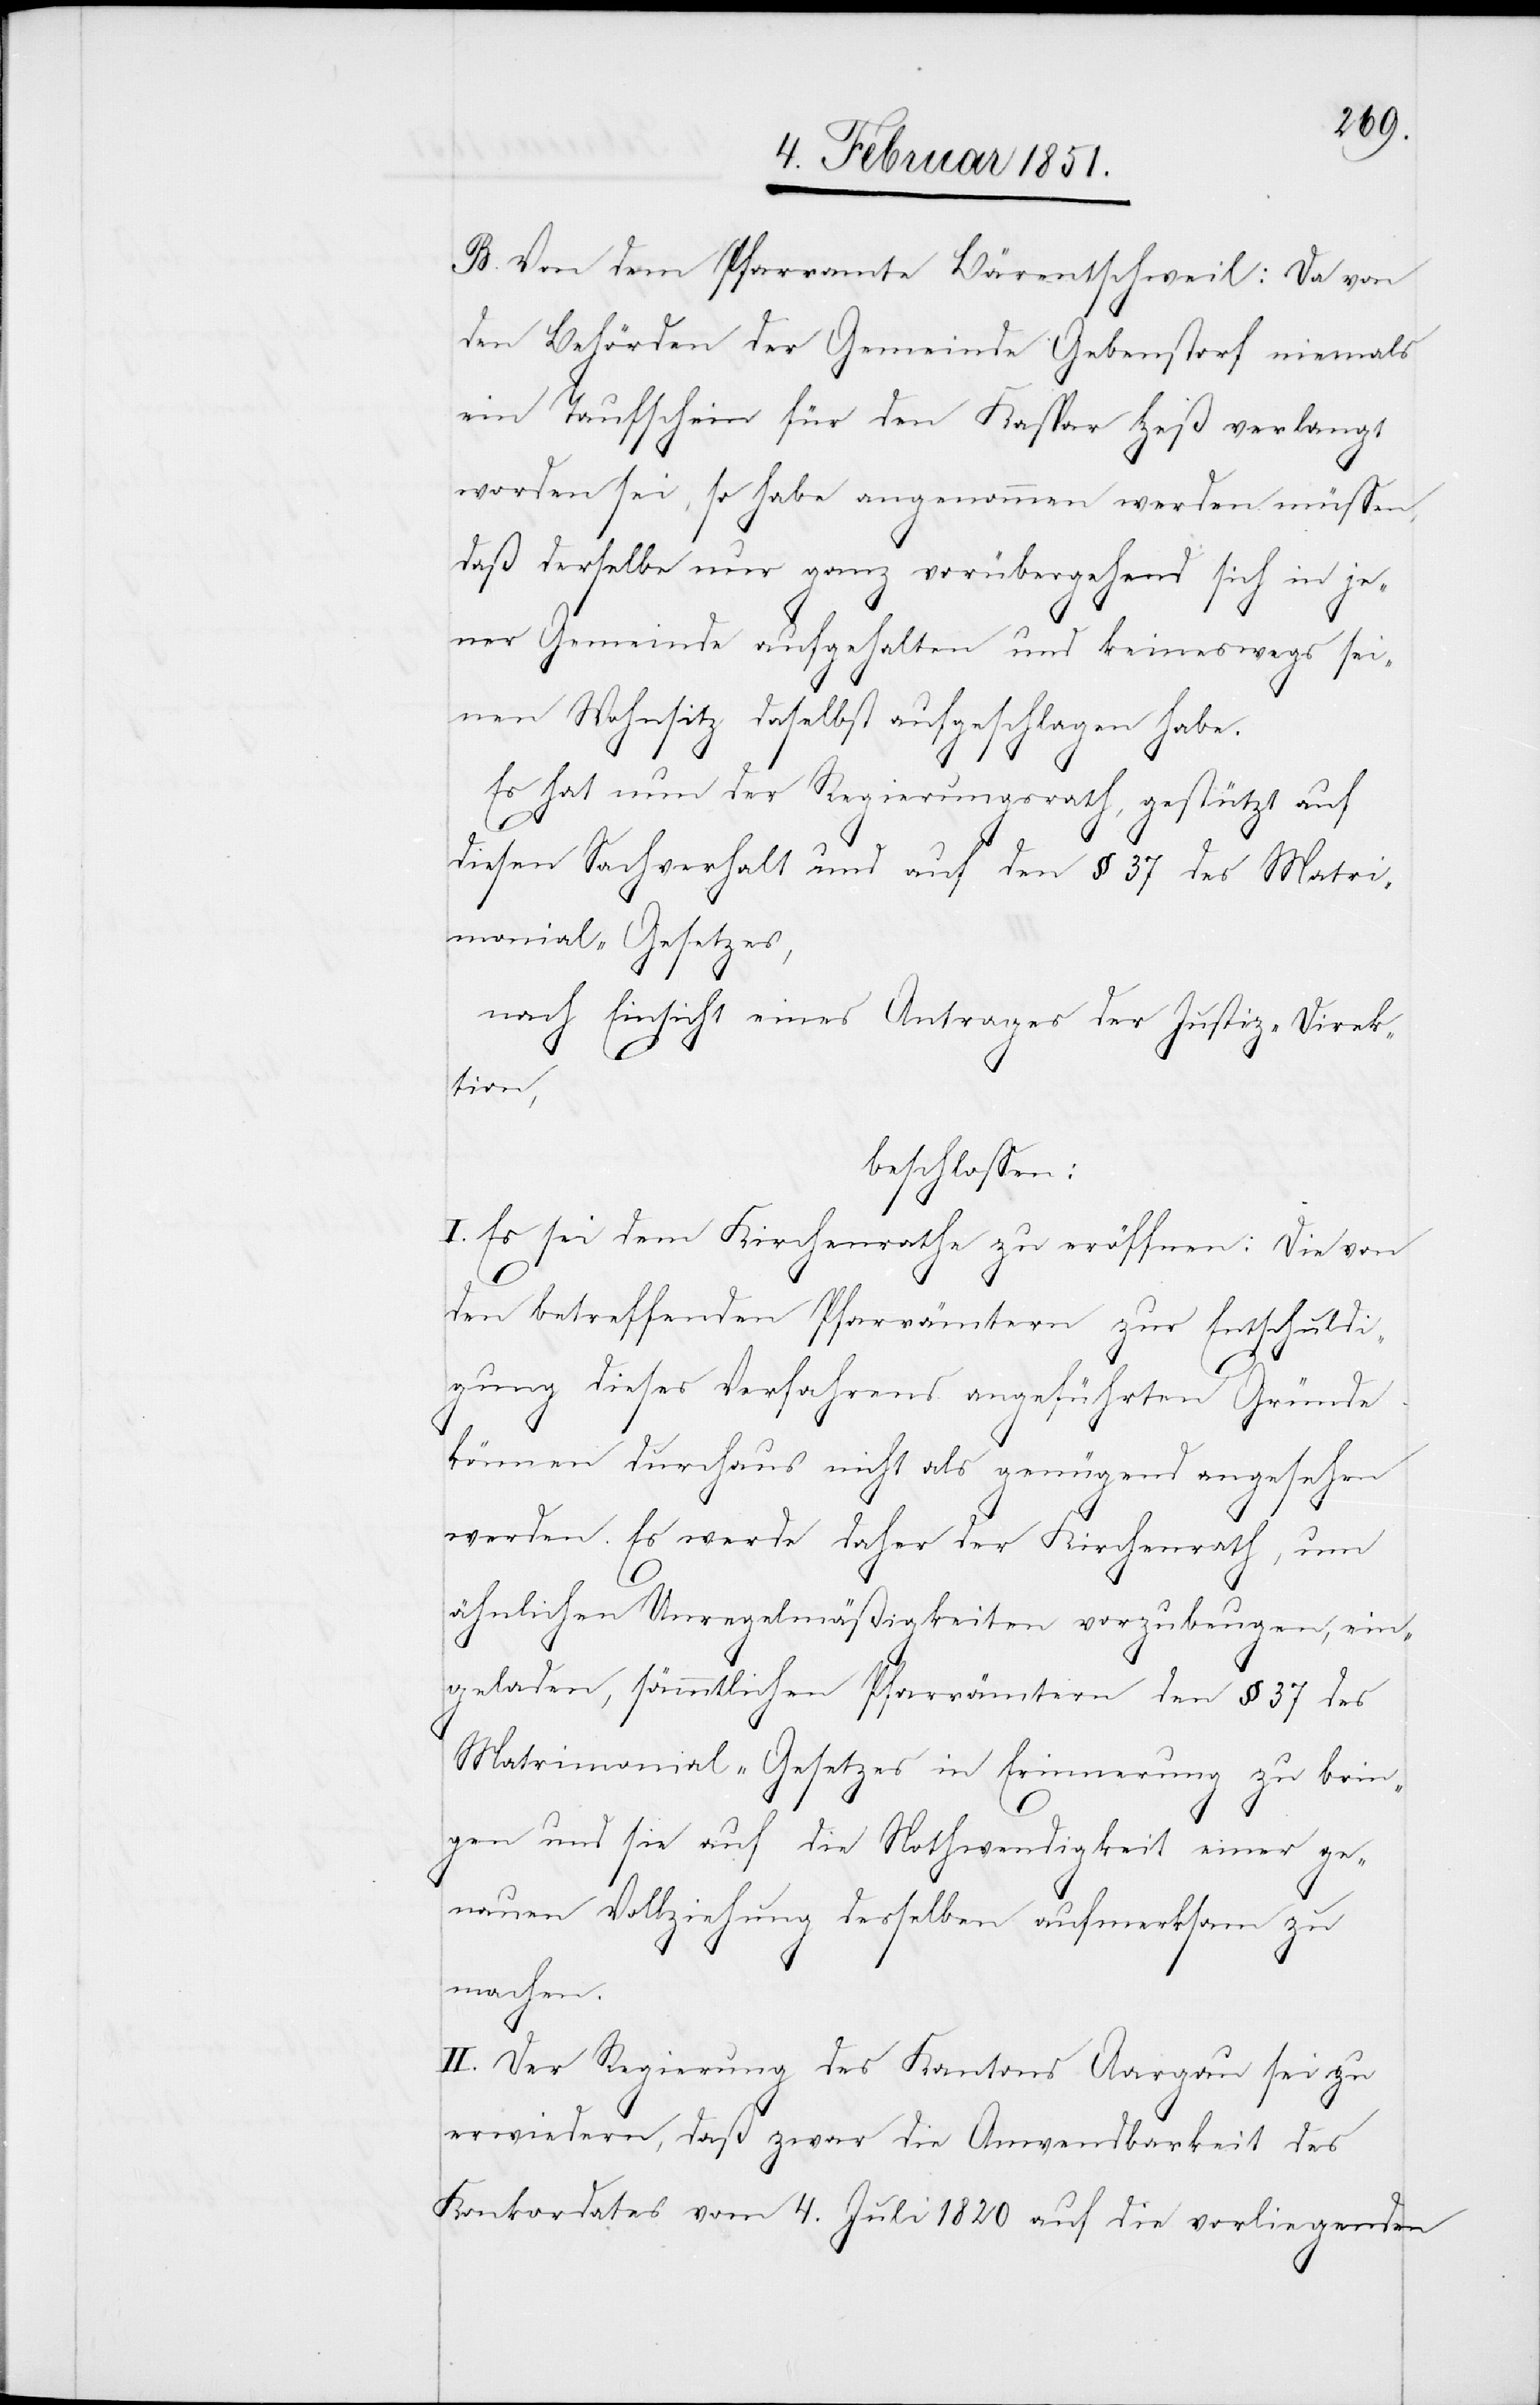
B. Von dem Pfarramte Bärentschweil: Da von
den Behörden der Gemeinde Gebenstorf niemals
ein Taufschein für den Kaspar Heß verlangt
worden sei, so habe angenommen werden müssen,
daß derselbe nur ganz vorübergehend sich in je¬
ner Gemeinde aufgehalten und keineswegs sei¬
nen Wohnsitz daselbst aufgeschlagen habe.
Es hat nun der Regierungsrath, gestützt auf
diesen Sachverhalt und auf den § 37 des Matri¬
monial-Gesetzes,
nach Einsicht eines Antrages der Justiz-Direk¬
tion,
beschlossen:
I. Es sei dem Kirchenrathe zu eröffnen: Die von
den betreffenden Pfarrämtern zur Entschuldi¬
gung dieses Verfahrens angeführten Gründe
können durchaus nicht als genügend angesehen
werden. Es werde daher der Kirchenrath, um
ähnlichen Unregelmäßigkeiten vorzubeugen, ein¬
geladen, sämmtlichen Pfarrämtern den § 37 des
Matrimonial-Gesetzes in Erinnerung zu brin¬
gen und sie auf die Nothwendigkeit einer ge¬
nauen Vollziehung desselben aufmerksam zu
machen.
II. Der Regierung des Kantons Aargau sei zu
erwiedern, daß zwar die Anwendbarkeit des
Konkordates vom 4. Juli 1820 auf die vorliegenden